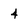
Character: 4